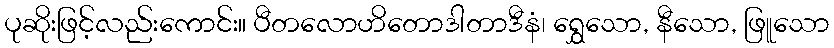
ပုဆိုးဖြင့်လည်းကောင်း။ ပီတလောဟိတောဒါတာဒီနံ၊ ရွှေသော, နီသော, ဖြူသော